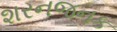
શરનજનક